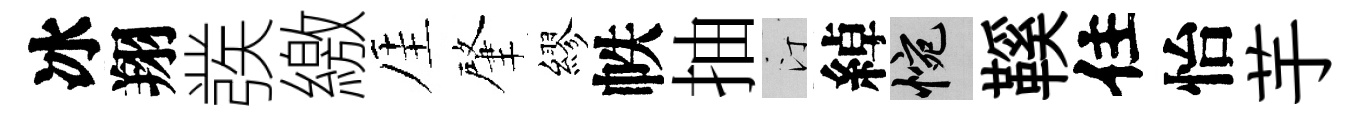
冰翔彂繳厓肇繆帙抽汀綽惋鞵住怡芋